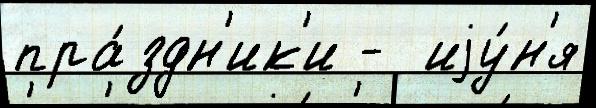
пра́здн'ик'и -  иjу́н'я